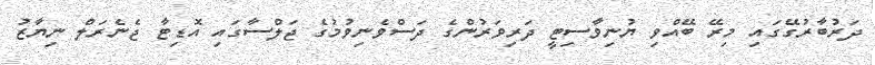
ދަރުބާރުގޭގައި މިރޭ ބޭއްވި ޔުނިވާސިޓީ ދަރިވަރުންގެ ދަސްވެނިވުމުގެ ޖަލްސާގައި އޮޑިޓާ ޖެނެރަލް ނިޔާޒު